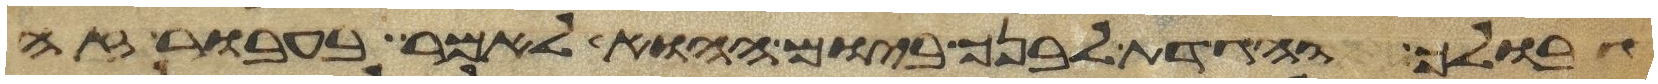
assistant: גבולך והגדת לבנך ביום ההוא לאמר בעבור זה